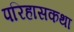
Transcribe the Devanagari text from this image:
परिहासकथा